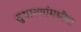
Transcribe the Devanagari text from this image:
सुधारणांमधील